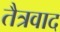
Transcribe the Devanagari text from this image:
तैत्रवाद